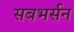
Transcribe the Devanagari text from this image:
सबभर्सन